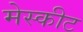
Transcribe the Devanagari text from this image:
मेस्कीट